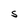
Character: S